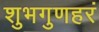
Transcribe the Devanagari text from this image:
शुभगुणहरं